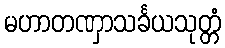
မဟာတဏှာသင်္ခယသုတ္တံ